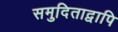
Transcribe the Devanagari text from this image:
समुदिताद्वापि